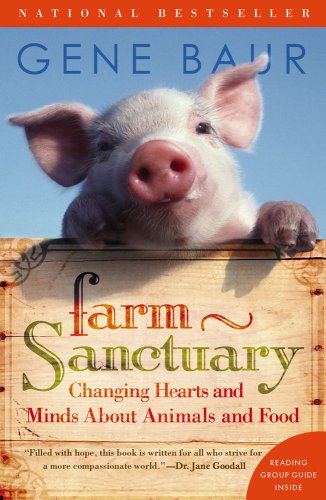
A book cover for Farm Sanctuary: Changing Hearts and Minds About Animals and Food; Gene Baur; Science & Math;